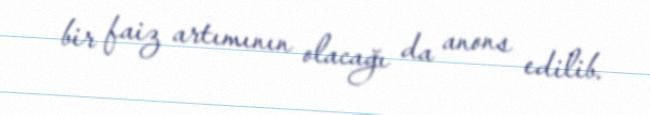
bir faiz artımının olacağı da anons edilib.